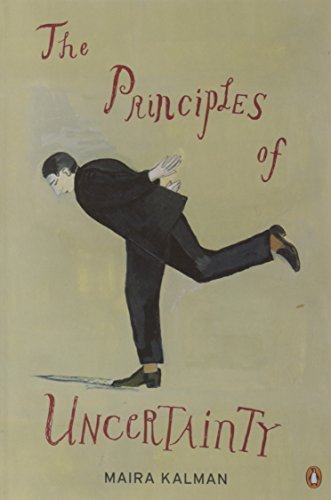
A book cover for The Principles of Uncertainty; Maira Kalman; Politics & Social Sciences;